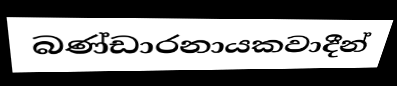
බණ්ඩාරනායකවාදීන්